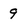
Character: 9